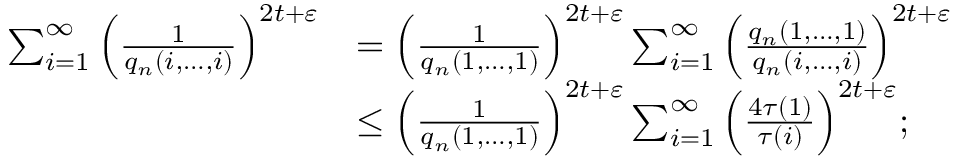
\begin{array} { r l } { \sum _ { i = 1 } ^ { \infty } \Big ( \frac { 1 } { q _ { n } ( i , \ldots , i ) } \Big ) ^ { 2 t + \varepsilon } } & { = \Big ( \frac { 1 } { q _ { n } ( 1 , \ldots , 1 ) } \Big ) ^ { 2 t + \varepsilon } \sum _ { i = 1 } ^ { \infty } \Big ( \frac { q _ { n } ( 1 , \ldots , 1 ) } { q _ { n } ( i , \ldots , i ) } \Big ) ^ { 2 t + \varepsilon } } \\ & { \le \Big ( \frac { 1 } { q _ { n } ( 1 , \ldots , 1 ) } \Big ) ^ { 2 t + \varepsilon } \sum _ { i = 1 } ^ { \infty } \Big ( \frac { 4 \tau ( 1 ) } { \tau ( i ) } \Big ) ^ { 2 t + \varepsilon } ; } \end{array}